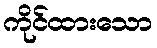
ကိုင်ထားသော